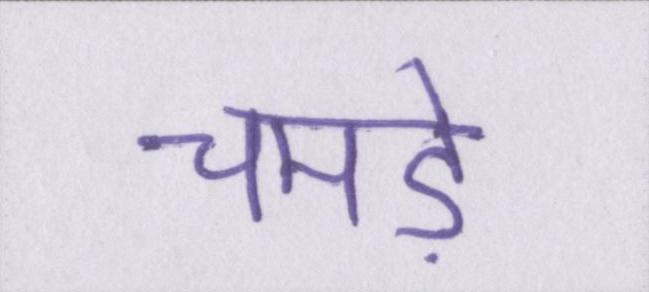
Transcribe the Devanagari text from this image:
चमड़े